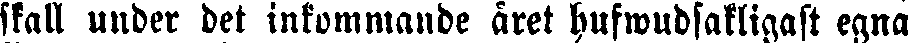
skall under det inkommande året hufwudsakligast egna